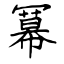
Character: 冪